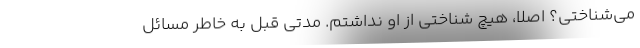
می‌شناختی؟ اصلاً، هیچ شناختی از او نداشتم. مدتی قبل به خاطر مسائل